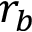
r _ { b }